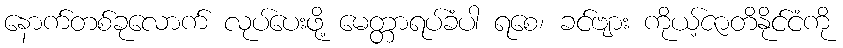
နောက်တစ်ခုလောက် လုပ်ပေးဖို့ မေတ္တာရပ်ခံပါ ရစေ၊ ခင်ဗျား ကိုယ့်ဇာတိနိုင်ငံကို